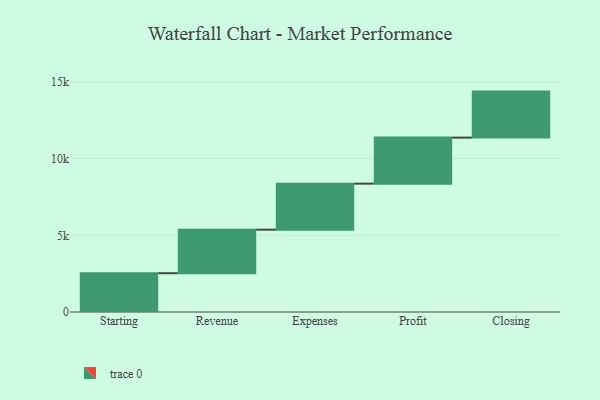
{"axis": {"x": "Step", "y": "Value"}, "legend": [""], "data": [{"x": "Starting", "y": 2528.0, "type": ""}, {"x": "Revenue", "y": 2839.0, "type": ""}, {"x": "Expenses", "y": 3000, "type": ""}, {"x": "Profit", "y": 3000, "type": ""}, {"x": "Closing", "y": 3000, "type": ""}]}